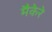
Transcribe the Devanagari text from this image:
मैकेरे